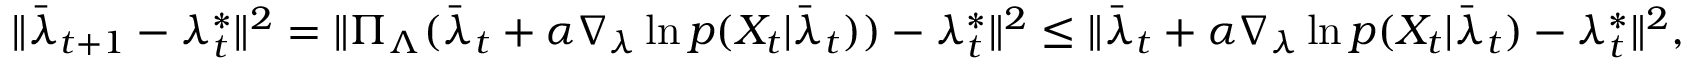
\begin{array} { r } { \| \bar { \lambda } _ { t + 1 } - \lambda _ { t } ^ { * } \| ^ { 2 } = \| \Pi _ { \Lambda } ( \bar { \lambda } _ { t } + \alpha \nabla _ { \lambda } \ln p ( X _ { t } | \bar { \lambda } _ { t } ) ) - \lambda _ { t } ^ { * } \| ^ { 2 } \le \| \bar { \lambda } _ { t } + \alpha \nabla _ { \lambda } \ln p ( X _ { t } | \bar { \lambda } _ { t } ) - \lambda _ { t } ^ { * } \| ^ { 2 } , } \end{array}